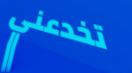
تخدعني